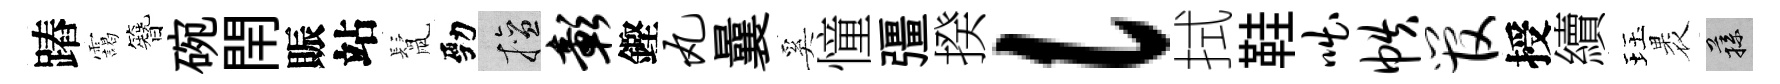
蹖靄簪碗閈賑站鬛勁擅彰鏗丸曩奚憧彊揆l拭鞋咄帙管授續珏褁蓀